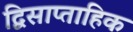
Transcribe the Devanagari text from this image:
द्विसाप्‍ताहिक